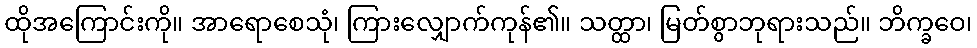
ထိုအကြောင်းကို။ အာရောစေသုံ၊ ကြားလျှောက်ကုန်၏။ သတ္ထာ၊ မြတ်စွာဘုရားသည်။ ဘိက္ခဝေ၊